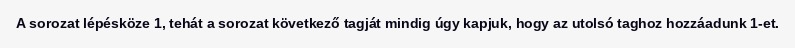
A sorozat lépésköze 1, tehát a sorozat következő tagját mindig úgy kapjuk, hogy az utolsó taghoz hozzáadunk 1-et.